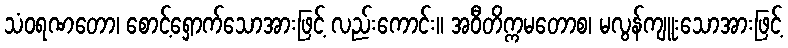
သံဝရဏတော၊ စောင့်ရှောက်သောအားဖြင့် လည်းကောင်း။ အဝီတိက္ကမတောစ၊ မလွန်ကျူးသောအားဖြင့်